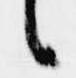
候